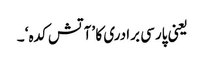
یعنی پارسی برادری کا ’آتش کدہ‘ ۔